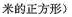
厘米的正方形)